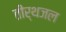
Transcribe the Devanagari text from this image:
तीर्थजल